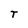
Character: T